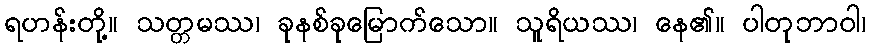
ရဟန်းတို့။ သတ္တမဿ၊ ခုနစ်ခုမြောက်သော။ သူရိယဿ၊ နေ၏။ ပါတုဘာဝါ၊